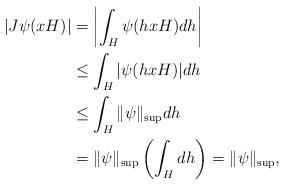
LaTeX: \begin{align*}|J\psi(xH)|&=\left|\int_H\psi(hxH)dh\right|\\&\le\int_H|\psi(hxH)|dh\\&\le\int_H\|\psi\|_{\sup}dh\\&=\|\psi\|_{\sup}\left(\int_Hdh\right)=\|\psi\|_{\sup},\end{align*}